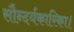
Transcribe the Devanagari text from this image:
सौन्दर्यकारिका।